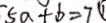
5 a + b = 7 \textcircled { 1 }